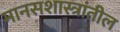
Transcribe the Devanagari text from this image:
मानसशास्त्रांतील